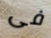
فى